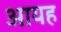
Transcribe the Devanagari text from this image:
आयह